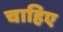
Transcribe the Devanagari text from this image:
चाहिए